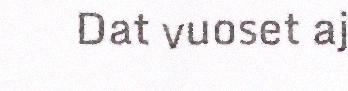
Dat vuoset aj